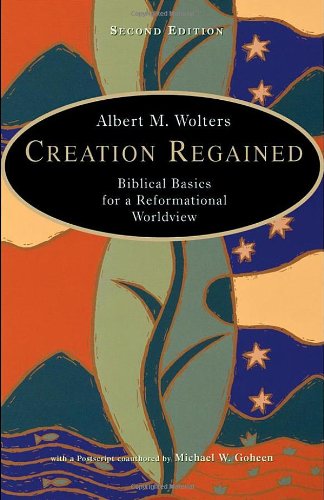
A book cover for Creation Regained: Biblical Basics for a Reformational Worldview; Albert M. Wolters; Religion & Spirituality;